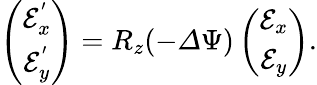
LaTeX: \begin{array}{r}{\left(\begin{array}{c}{\mathcal{E}_{x}^{'}}\\ {\mathcal{E}_{y}^{'}}\end{array}\right)=R_{z}(-{\mathit\Delta\Psi})\left(\begin{array}{c}{\mathcal{E}_{x}}\\ {\mathcal{E}_{y}}\end{array}\right).}\end{array}